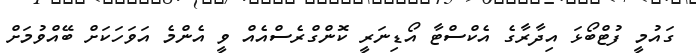
ގައުމީ ފުޓްބޯޅަ އިދާރާގެ އެކްސްޓާ އޯޑިނަރީ ކޮންގްރެސްއެއް ވީ އެންމެ އަވަހަކަށް ބޭއްވުމަށް